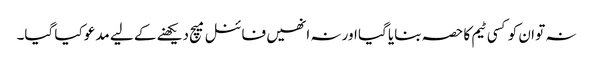
نہ تو ان کو کسی ٹیم کا حصہ بنایا گیا اور نہ انھیں فائنل میچ دیکھنے کے لیے مدعو کیا گیا۔